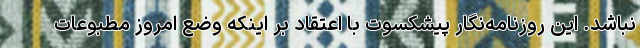
نباشد. این روزنامه‌نگار پیشکسوت با اعتقاد بر اینکه وضع امروز مطبوعات